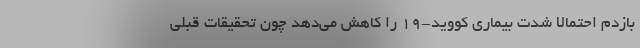
بازدم احتمالا شدت بیماری کووید-۱۹ را کاهش می‌دهد چون تحقیقات قبلی